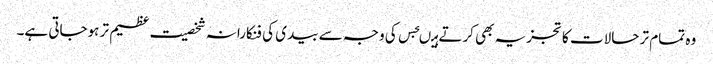
وہ تمام تر حالات کا تجزیہ بھی کرتے ہیںجس کی وجہ سے بیدی کی فنکارانہ شخصیت عظیم تر ہوجاتی ہے۔